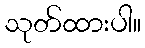
သုတ်ထားပါ။